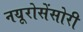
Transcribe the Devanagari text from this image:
नयूरोसेंसोरी